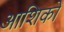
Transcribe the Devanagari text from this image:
आशिकों